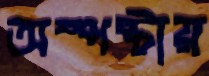
অস্পষ্টায়